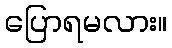
ပြောရမလား။